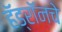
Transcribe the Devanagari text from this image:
हॅड्रॉनचे